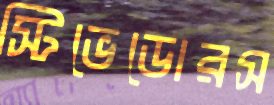
স্টিভেডোরস